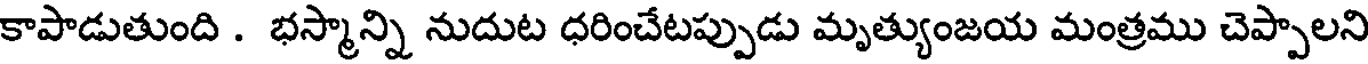
కాపాడుతుంది . భస్మాన్ని నుదుట ధరించేటప్పుడు మృత్యుంజయ మంత్రము చెప్పాలని